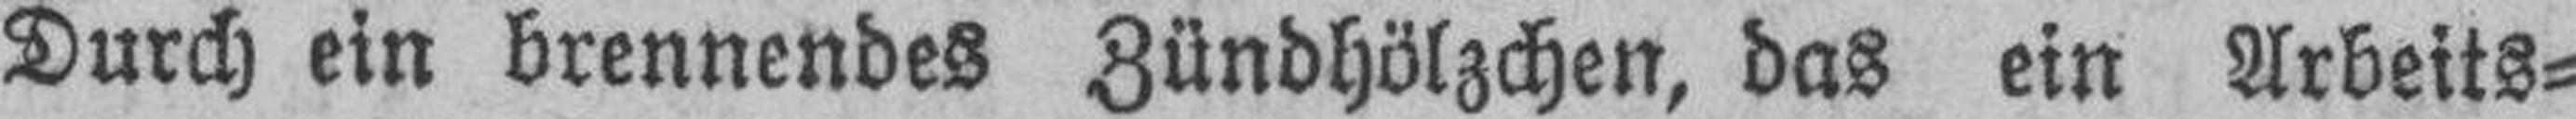
Durch ein brennendes Zündhölzchen, das ein Arbeits¬